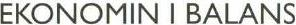
EKONOMIN I BALANS